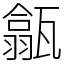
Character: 㽂